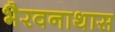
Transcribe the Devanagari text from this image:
भैरवनाथास